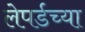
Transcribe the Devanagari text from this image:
लेपर्डच्या